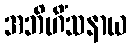
အဘိဟိံသနာယ